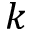
k